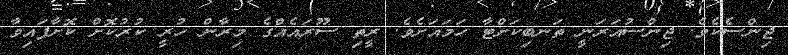
ޖިންސެކެވެ. ޖިންސުއަރަނީ ތަނބިކަށްޓާ ހަމައަށެވެ. ރީތި ސޫރައެއްގެ މިރާން ހުރީ ކުރުކޮށް ކޮށާފައިވާ